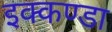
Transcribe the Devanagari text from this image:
इक्कण्डा